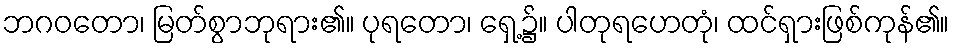
ဘဂဝတော၊ မြတ်စွာဘုရား၏။ ပုရတော၊ ရှေ့၌။ ပါတုရဟေတုံ၊ ထင်ရှားဖြစ်ကုန်၏။